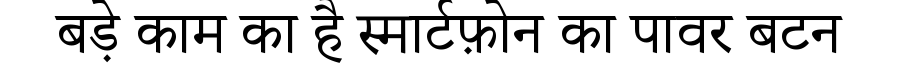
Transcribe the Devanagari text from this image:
बड़े काम का है स्मार्टफ़ोन का पावर बटन